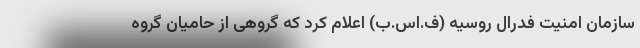
سازمان امنیت فدرال روسیه (ف.اس.ب) اعلام کرد که گروهی از حامیان گروه